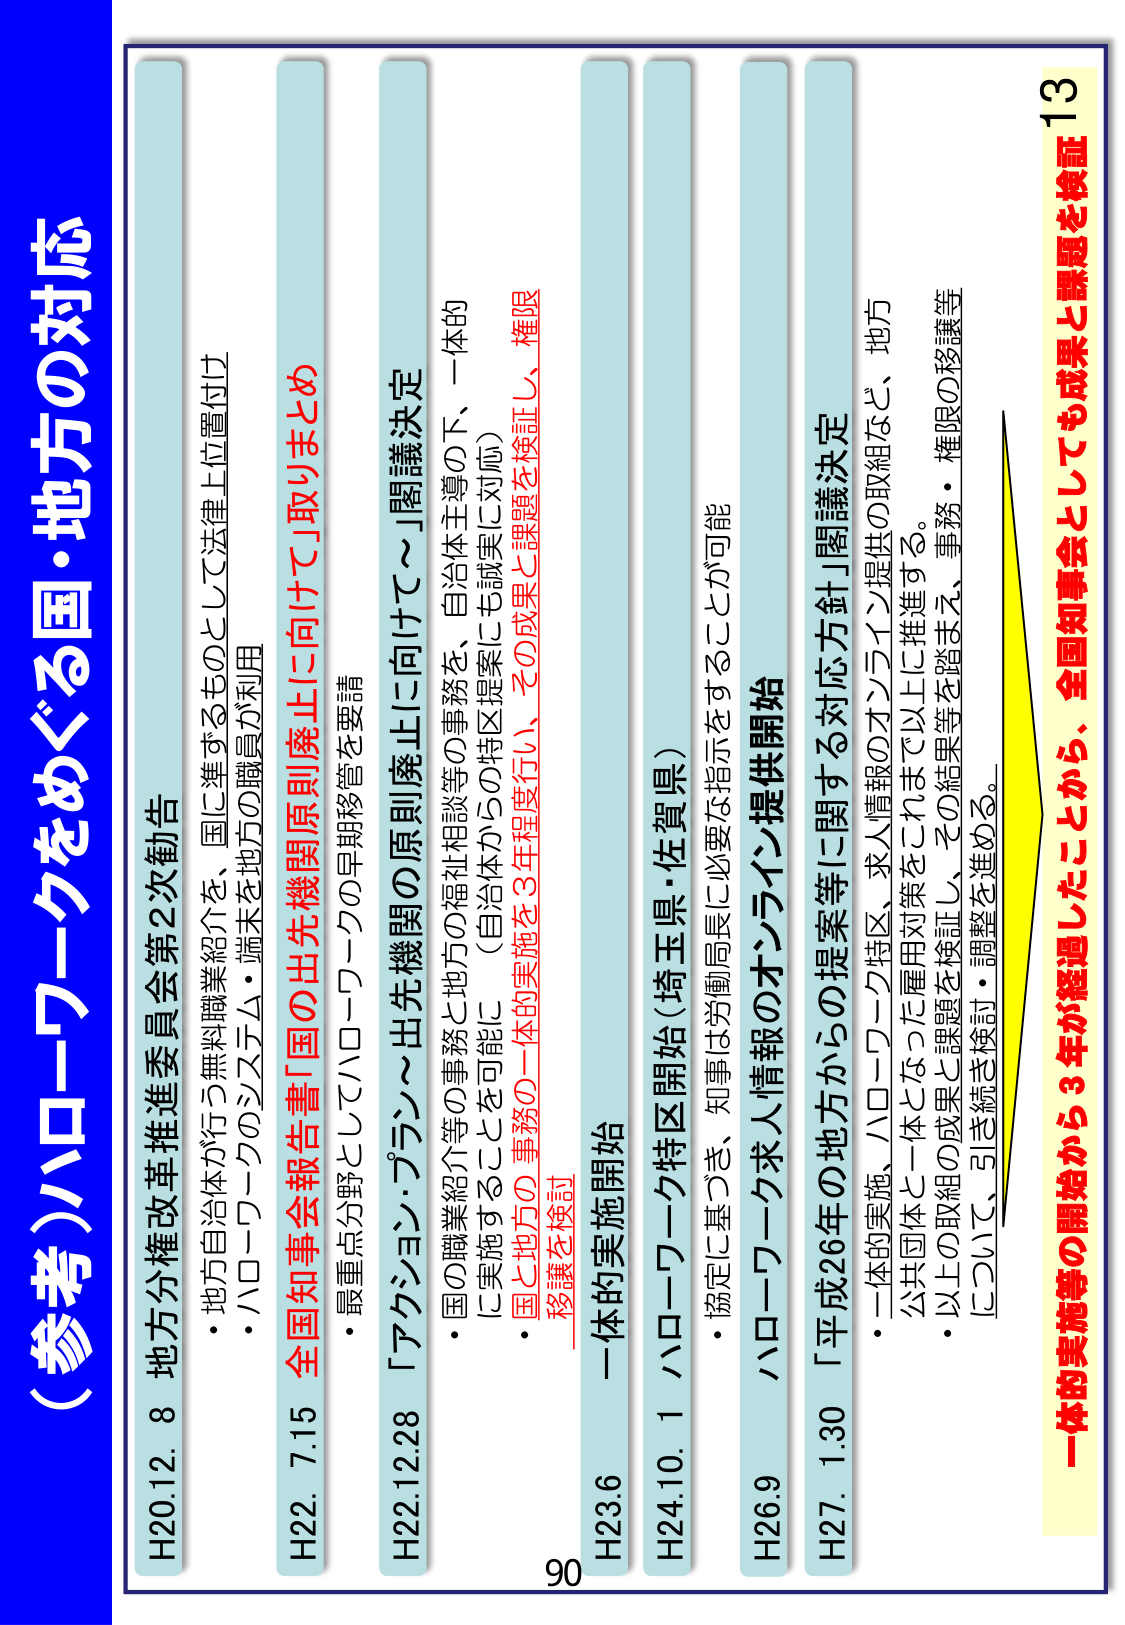
（参考）ハローワークをめぐる国・地方の対応

H20.12.8 地方分権改革推進委員会第2次勧告
・地方自治体が行う無料職業紹介を、国に準ずるものとして法律上位置付け
・ハローワークのシステム・端末を地方の職員が利用

H22.7.15 全国知事会報告書「国の出先機関原則廃止に向けて」取りまとめ
・最重点分野としてハローワークの早期移管を要請

H22.12.28 「アクション・プラン～出先機関の原則廃止に向けて～」閣議決定
・国の職業紹介等の事務と地方の福祉相談等の事務を、自治体主導の下、一体的に実施することを可能に（自治体からの特区提案にも誠実に対応）
・国と地方の事務の一体的実施を3年程度行い、その成果と課題を検証し、権限移譲を検討

H23.6 一体的実施開始

H24.10.1 ハローワーク特区開始（埼玉県・佐賀県）
・協定に基づき、知事は労働局長に必要な指示をすることが可能

H26.9 ハローワーク求人情報のオンライン提供開始

H27.1.30 「平成26年の地方からの提案等に関する対応方針」閣議決定
・一体的実施、ハローワーク特区、求人情報のオンライン提供の取組など、地方公共団体と一体となった雇用対策をこれまで以上に推進する。
・以上の取組の成果と課題を検証し、その結果等を踏まえ、事務・権限の移譲等について、引き続き検討・調整を進める。

一体的実施等の開始から3年が経過したことから、全国知事会としても成果と課題を検証

13